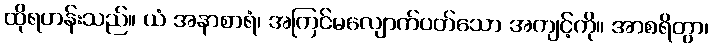
ထိုရဟန်းသည်။ ယံ အနာစာရံ၊ အကြင်မလျောက်ပတ်သော အကျင့်ကို။ အာစရိတွာ၊